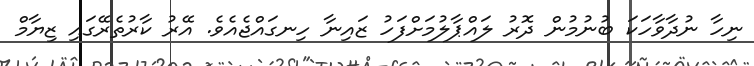
ނިހާ ނުދާވާހަކަ ބުނުމުން ދޮރު ލައްޕާލުމަށްފަހު ޒައިނާ ހިނގައްޖެއެވެ. އޭރު ކާރުތެރޭގައި ޒިޔާމް